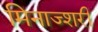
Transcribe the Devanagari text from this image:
मिनाज्शरी